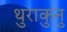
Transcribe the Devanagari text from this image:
थुराकुनु